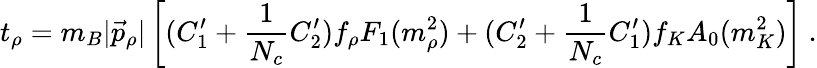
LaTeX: t_{\rho}=m_{B}|\vec{p}_{\rho}|\left[(C_{1}^{\prime}+\frac{1}{N_{c}}C_{2}^{\prime})f_{\rho}F_{1}(m_{\rho}^{2})+(C_{2}^{\prime}+\frac{1}{N_{c}}C_{1}^{\prime})f_{K}A_{0}(m_{K}^{2})\right]\ .